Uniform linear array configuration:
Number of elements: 48
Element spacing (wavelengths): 0.25
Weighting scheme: cosine
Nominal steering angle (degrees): -60
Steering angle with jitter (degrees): -58.619
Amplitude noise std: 0.05
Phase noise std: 0.05

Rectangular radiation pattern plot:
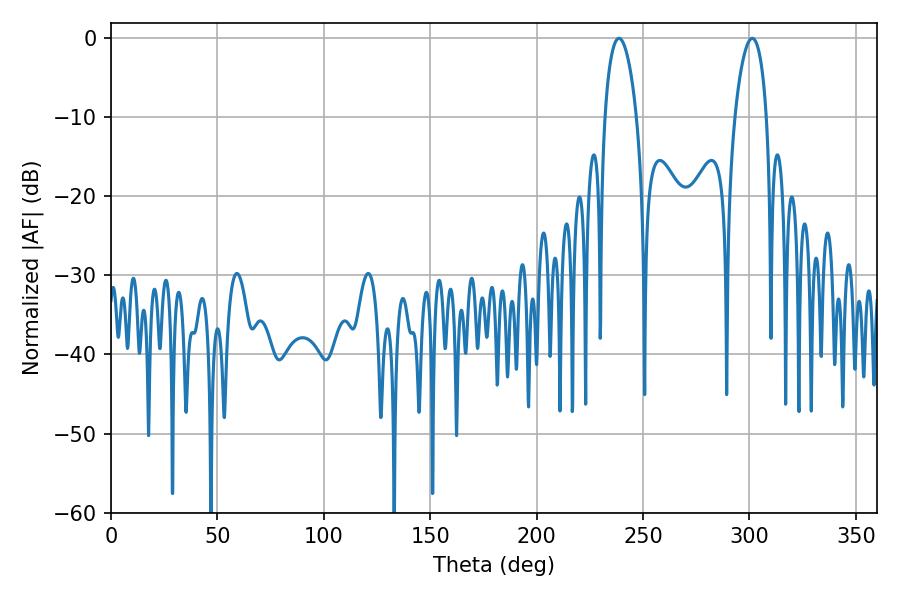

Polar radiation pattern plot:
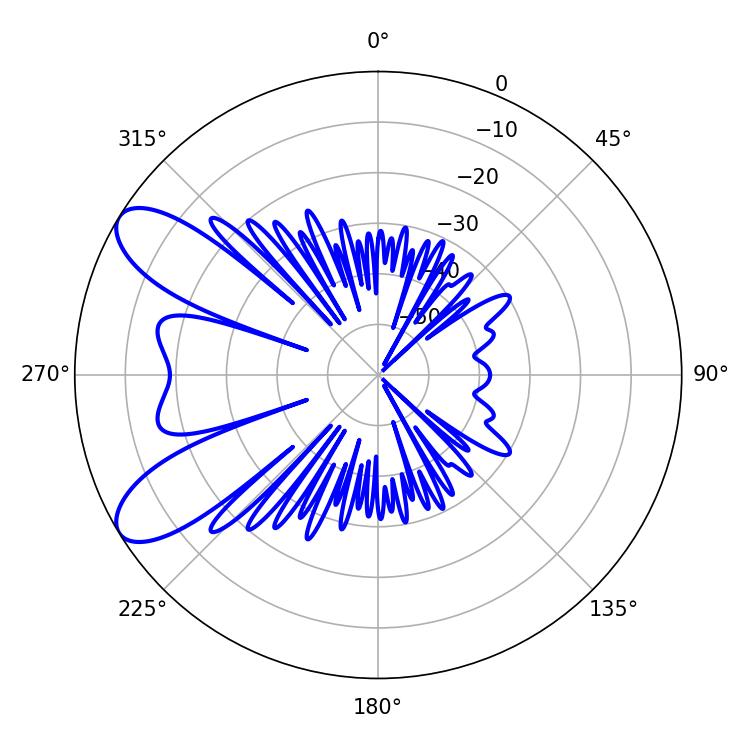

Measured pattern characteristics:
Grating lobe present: FALSE
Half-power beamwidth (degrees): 8.46
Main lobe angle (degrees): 301.32